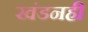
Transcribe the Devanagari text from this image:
खंडनही